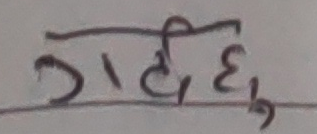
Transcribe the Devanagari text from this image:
गटीहु